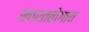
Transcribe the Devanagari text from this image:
खारतळेगाव